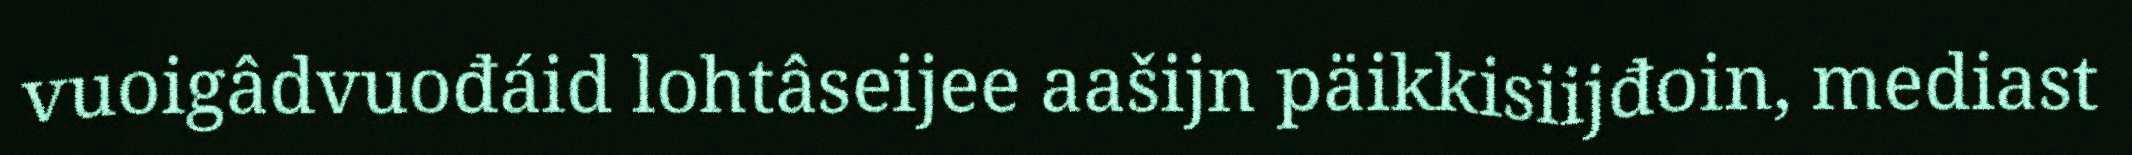
vuoigâdvuođáid lohtâseijee aašijn päikkisiijđoin, mediast